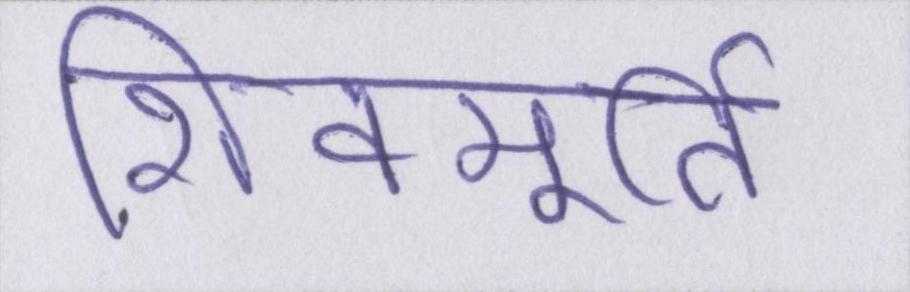
शिवमूर्ति